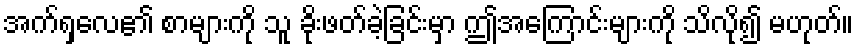
အက်ရှလေ၏ စာများကို သူ ခိုးဖတ်ခဲ့ခြင်းမှာ ဤအကြောင်းများကို သိလို၍ မဟုတ်။